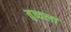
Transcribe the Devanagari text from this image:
तुच्तला